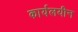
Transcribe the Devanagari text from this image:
कार्यलयीन